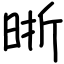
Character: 晣